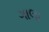
ગાલા